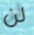
لن